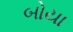
બોયા